Madras plague regulations and rules - Volume 2
Disease focus: Plague
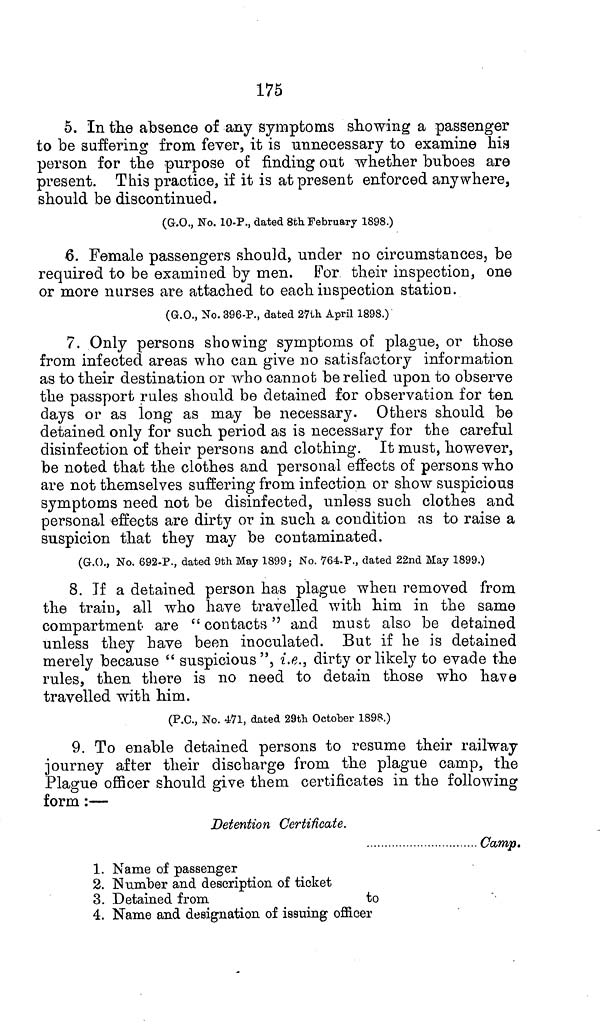
175
5. In the absence of any symptoms showing a passenger
to be suffering from fever, it is unnecessary to examine his
person for the purpose of finding out whether buboes are
present. This practice, if it is at present enforced anywhere,
should be discontinued.
(G.O., No. 10-P., dated 8th February 1898.)
6. Female passengers should, under no circumstances, be
required to be examined by men. For their inspection, one
or more nurses are attached to each inspection station.
(G.O., No. 396-P., dated 27th April 1898.)
7. Only persons showing symptoms of plague, or those
from infected areas who can give no satisfactory information
as to their destination or who cannot be relied upon to observe
the passport rules should be detained for observation for ten
days or as long as may be necessary. Others should be
detained only for such period as is necessary for the careful
disinfection of their persons and clothing. It must, however,
be noted that the clothes and personal effects of persons who
are not themselves suffering from infection or show suspicious
symptoms need not be disinfected, unless such clothes and
personal effects are dirty or in such a condition as to raise a
suspicion that they may be contaminated.
(G.O., No. 692-P., dated 9th May 1899; No. 764-P., dated 22nd May 1899.)
8. If a detained person has plague when removed from
the train, all who have travelled with him in the same
compartment are " contacts" and must also be detained
unless they Lave been inoculated. But if he is detained
merely because " suspicious", i.e., dirty or likely to evade the
rules, then there is no need to detain those who have
travelled with him.
(P.O., No. 471, dated 29th October 1898.)
9. To enable detained persons to resume their railway
journey after their discharge from the plague camp, the
Plague officer should give them certificates in the following
form :—
Detention Certificate.
Camp.
1. Name of passenger
2. Number and description of ticket
3. Detained from
to
4. Name and designation of issuing officer